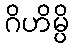
ဂိဟိမ္ပိ